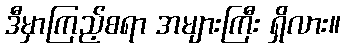
ဒီမှာကြည့်စရာ အများကြီး ရှိလား။